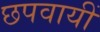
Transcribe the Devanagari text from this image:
छपवायीं